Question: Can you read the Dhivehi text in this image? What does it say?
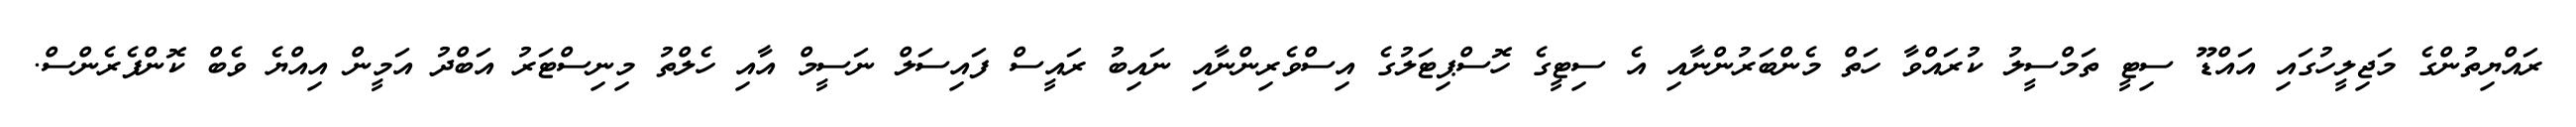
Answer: ރައްޔިތުންގެ މަޖިލީހުގައި އައްޑޫ ސިޓީ ތަމްސީލު ކުރައްވާ ހަތް މެންބަރުންނާއި އެ ސިޓީގެ ހޮސްޕިޓަލުގެ އިސްވެރިންނާއި ނައިބު ރައީސް ފައިސަލް ނަސީމް އާއި ހެލްތު މިނިސްޓަރު އަބްދު އަމީން އިއްޔެ ވެބް ކޮންފެރެންސް.